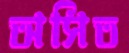
অসিত